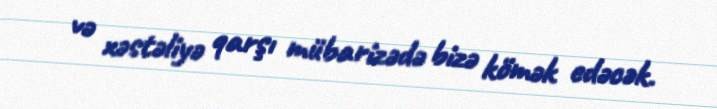
və xəstəliyə qarşı mübarizədə bizə kömək edəcək.